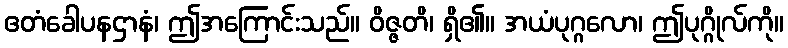
ဧတံခေါပနဌာနံ၊ ဤအကြောင်းသည်။ ဝိဇ္ဇတိ၊ ရှိ၏။ အယံပုဂ္ဂလော၊ ဤပုဂ္ဂိုလ်ကို။